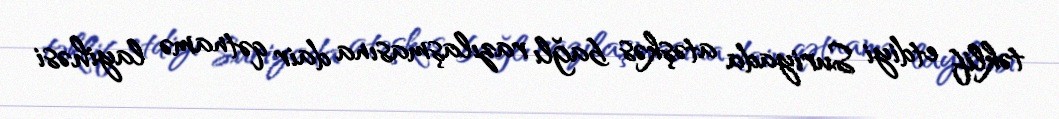
təklif etdiyi Suriyada atəşkəs bağlı razılaşmasına dair qətnamə layihəsi